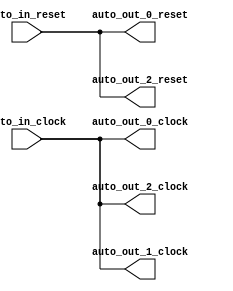
module FixedClockBroadcast(
  input   auto_in_clock,
  input   auto_in_reset,
  output  auto_out_2_clock,
  output  auto_out_2_reset,
  output  auto_out_1_clock,
  output  auto_out_0_clock,
  output  auto_out_0_reset
);
  assign auto_out_2_clock = auto_in_clock; // @[Nodes.scala 1210:84 LazyModule.scala 309:16]
  assign auto_out_2_reset = auto_in_reset; // @[Nodes.scala 1210:84 LazyModule.scala 309:16]
  assign auto_out_1_clock = auto_in_clock; // @[Nodes.scala 1210:84 LazyModule.scala 309:16]
  assign auto_out_0_clock = auto_in_clock; // @[Nodes.scala 1210:84 LazyModule.scala 309:16]
  assign auto_out_0_reset = auto_in_reset; // @[Nodes.scala 1210:84 LazyModule.scala 309:16]
endmodule